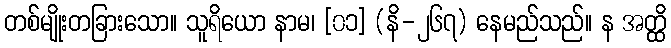
တစ်မျိုးတခြားသော။ သူရိယော နာမ၊ [၀၁] (နိ-၂၆၇) နေမည်သည်။ န အတ္ထိ